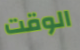
الوقت